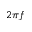
2 \pi f